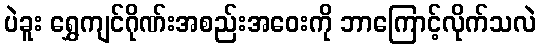
ပဲခူး ရွှေကျင်ဂိုဏ်းအစည်းအဝေးကို ဘာကြောင့်လိုက်သလဲ